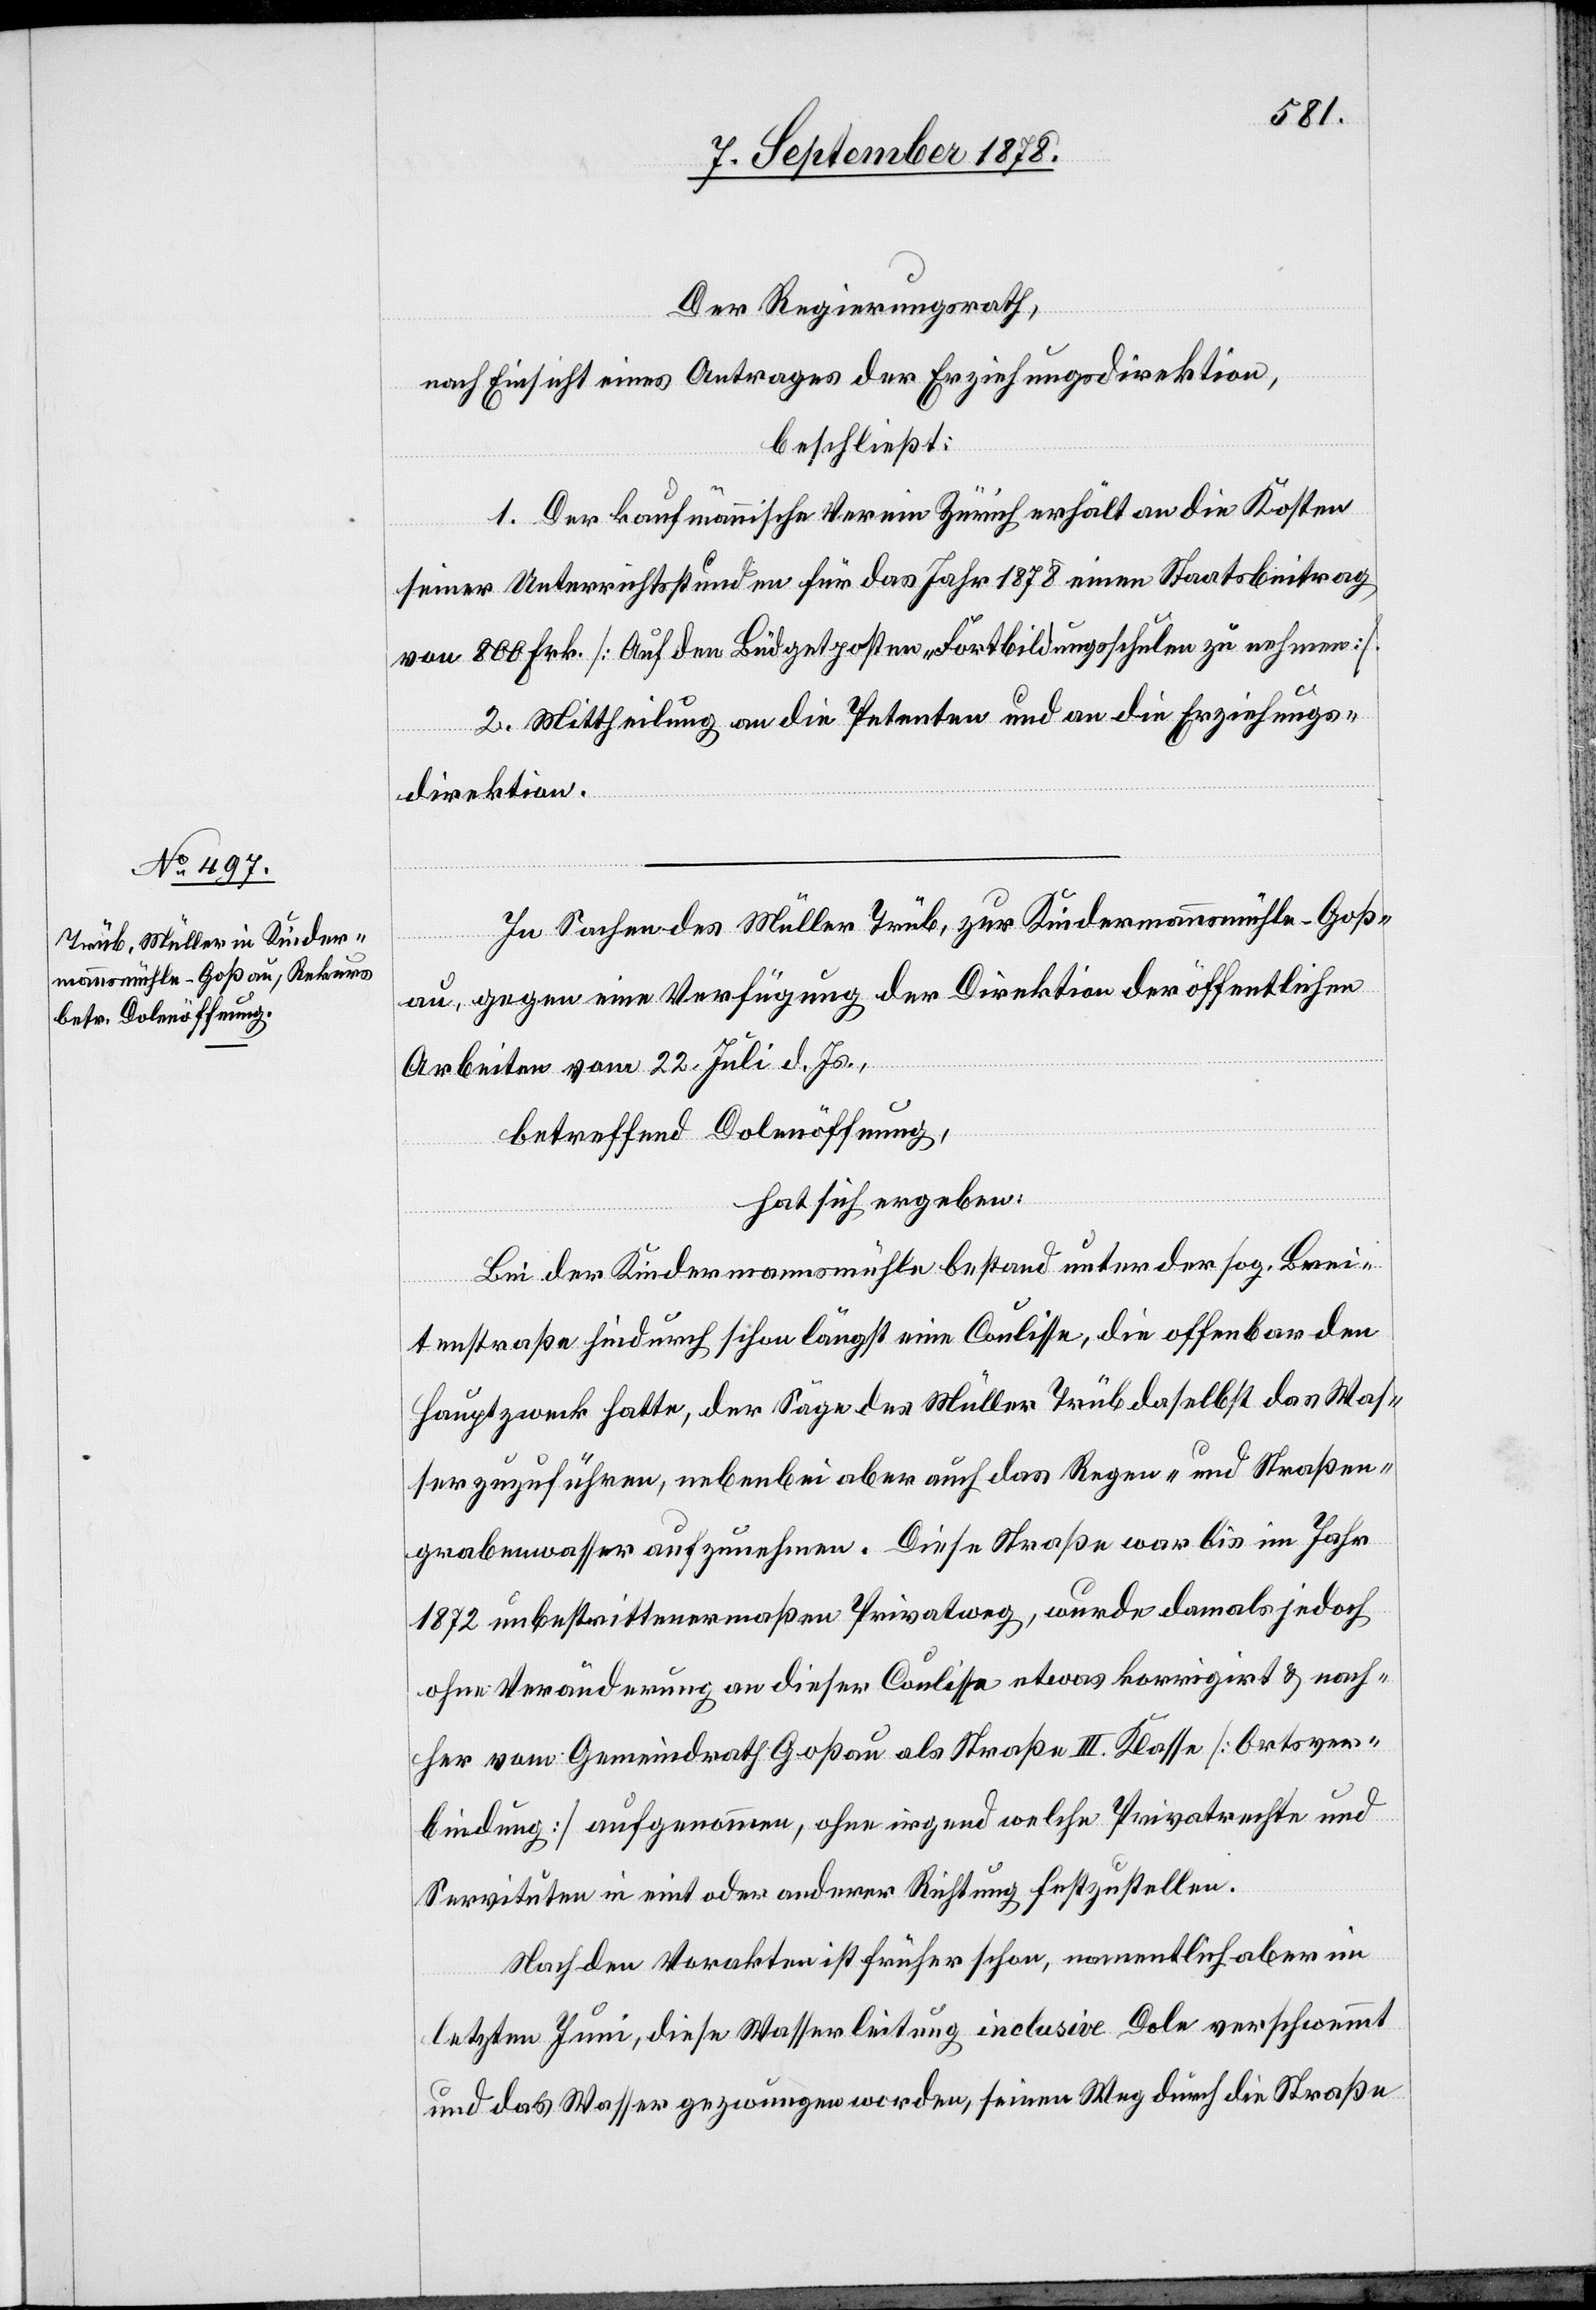
Der Regierungsrath,
nach Einsicht eines Antrages der Erziehungsdirektion,
beschließt:
1. Der kaufmännische Verein Zürich erhält an die Kosten
seiner Unterrichtsstunden für das Jahr 1878 einen Staatsbeitrag
von 800 Frk. [Auf den Büdgetposten Fortbildungsschulen zu nehmen].
2. Mittheilung an die Petenten und an die Erziehungs¬
direktion.
In Sachen des Müller Trüb, zur Kindermannsmühle - Goß¬
au, gegen eine Verfügung der Direktion der öffentlichen
Arbeiten vom 22. Juli d. Js.,
betreffend Dolenöffnung,
hat sich ergeben:
Bei der Kindermannsmühle bestand unter der sog. Brei¬
tenstraße hindurch schon längst eine Coulisse, die offenbar den
Hauptzweck hatte, der Säge des Müller Trüb daselbst das Was¬
ser zuzuführen, nebenbei aber auch das Regen- und Straßen¬
grabenwasser aufzunehmen. Diese Straße war bis im Jahr
1872 unbestrittenermaßen Privatweg, wurde damals jedoch
ohne Veränderung an dieser Coulisse etwas korrigirt & nach¬
her vom Gemeindrath Goßau als Straße III. Klasse [Ortsver¬
bindung] aufgenommen, ohne irgendwelche Privatrechte und
Servituten in eint oder anderer Richtung festzustellen.
Nach den Vorakten ist früher schon, namentlich aber im
letzten Juni, diese Wasserleitung inclusive Dole verschwemmt
und das Wasser gezwungen worden, seinen Weg durch die Straße